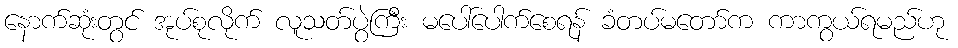
နောက်ဆုံးတွင် အုပ်စုလိုက် လူသတ်ပွဲကြီး မပေါ်ပေါက်စေရန် ခံတပ်မတော်က ကာကွယ်ရမည်ဟု